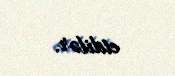
etdilər.